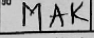
Transcription: MAK